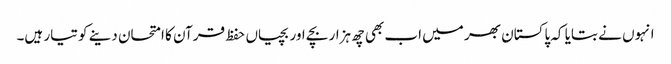
انہوں نے بتایا کہ پاکستان بھر میں اب بھی چھ ہزار بچے اور بچیاں حفظ قرآن کا امتحان دینے کو تیار ہیں۔